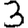
Digit: 3